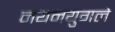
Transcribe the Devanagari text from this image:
नयनयुगले